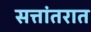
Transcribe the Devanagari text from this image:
सत्तांतरात